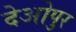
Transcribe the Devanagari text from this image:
देओपुर